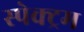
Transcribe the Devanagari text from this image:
स्‍पेक्‍ट्रम